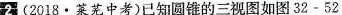
2 (2018·莱芜中考)已知圆锥的三视图如图32-52